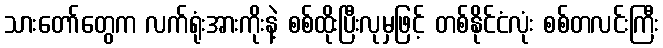
သားတော်တွေက လက်ရုံးအားကိုးနဲ့ စစ်ထိုးပြီးလုမှဖြင့် တစ်နိုင်ငံလုံး စစ်တလင်းကြီး